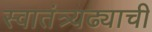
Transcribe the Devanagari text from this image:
स्वातंत्र्यढ्याची